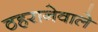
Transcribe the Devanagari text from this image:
ठहरानेवाले